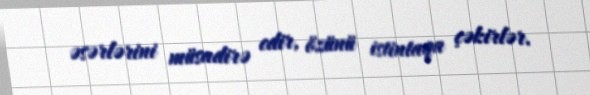
əsərlərini müsadirə edir, özünü istintaqa çəkirlər.